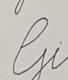
Signature authenticity: forged